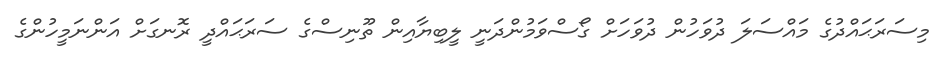
މިސަރަޙައްދުގެ މައްސަލަ ދުވަހުން ދުވަހަށް ގޯސްވަމުންދަނީ ލީބިޔާއިން ތޫނިސްގެ ސަރަޙައްދީ ރޮނގަށް އަންނަމީހުންގެ